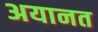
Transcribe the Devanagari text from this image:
अयानत